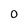
Character: 0